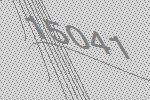
15041